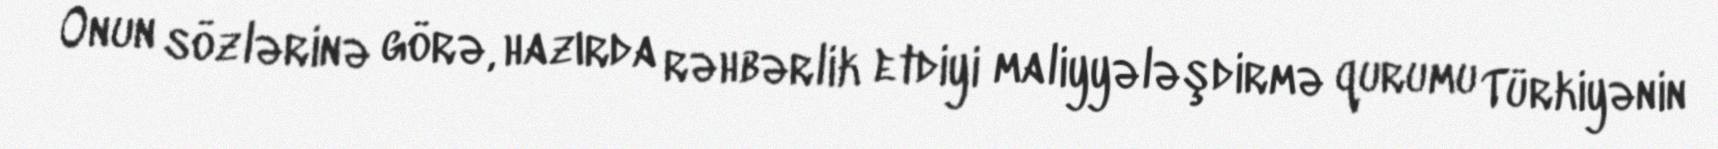
Onun sözlərinə görə, hazırda rəhbərlik etdiyi maliyyələşdirmə qurumu Türkiyənin